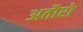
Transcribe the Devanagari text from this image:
अतौरो